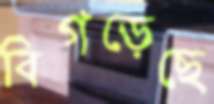
বিগড়েছে